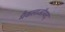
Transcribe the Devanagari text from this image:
मैकलाऑयद